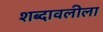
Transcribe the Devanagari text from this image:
शब्दावलीला